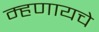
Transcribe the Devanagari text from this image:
म्‍हणायचे